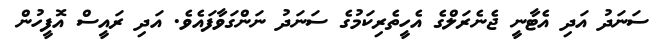
ސަނަދު އަދި އެޓާނީ ޖެނެރަލްގެ އެހީތެރިކަމުގެ ސަނަދު ނަންގަވާފައެވެ. އަދި ރައީސް އޮފީހުން